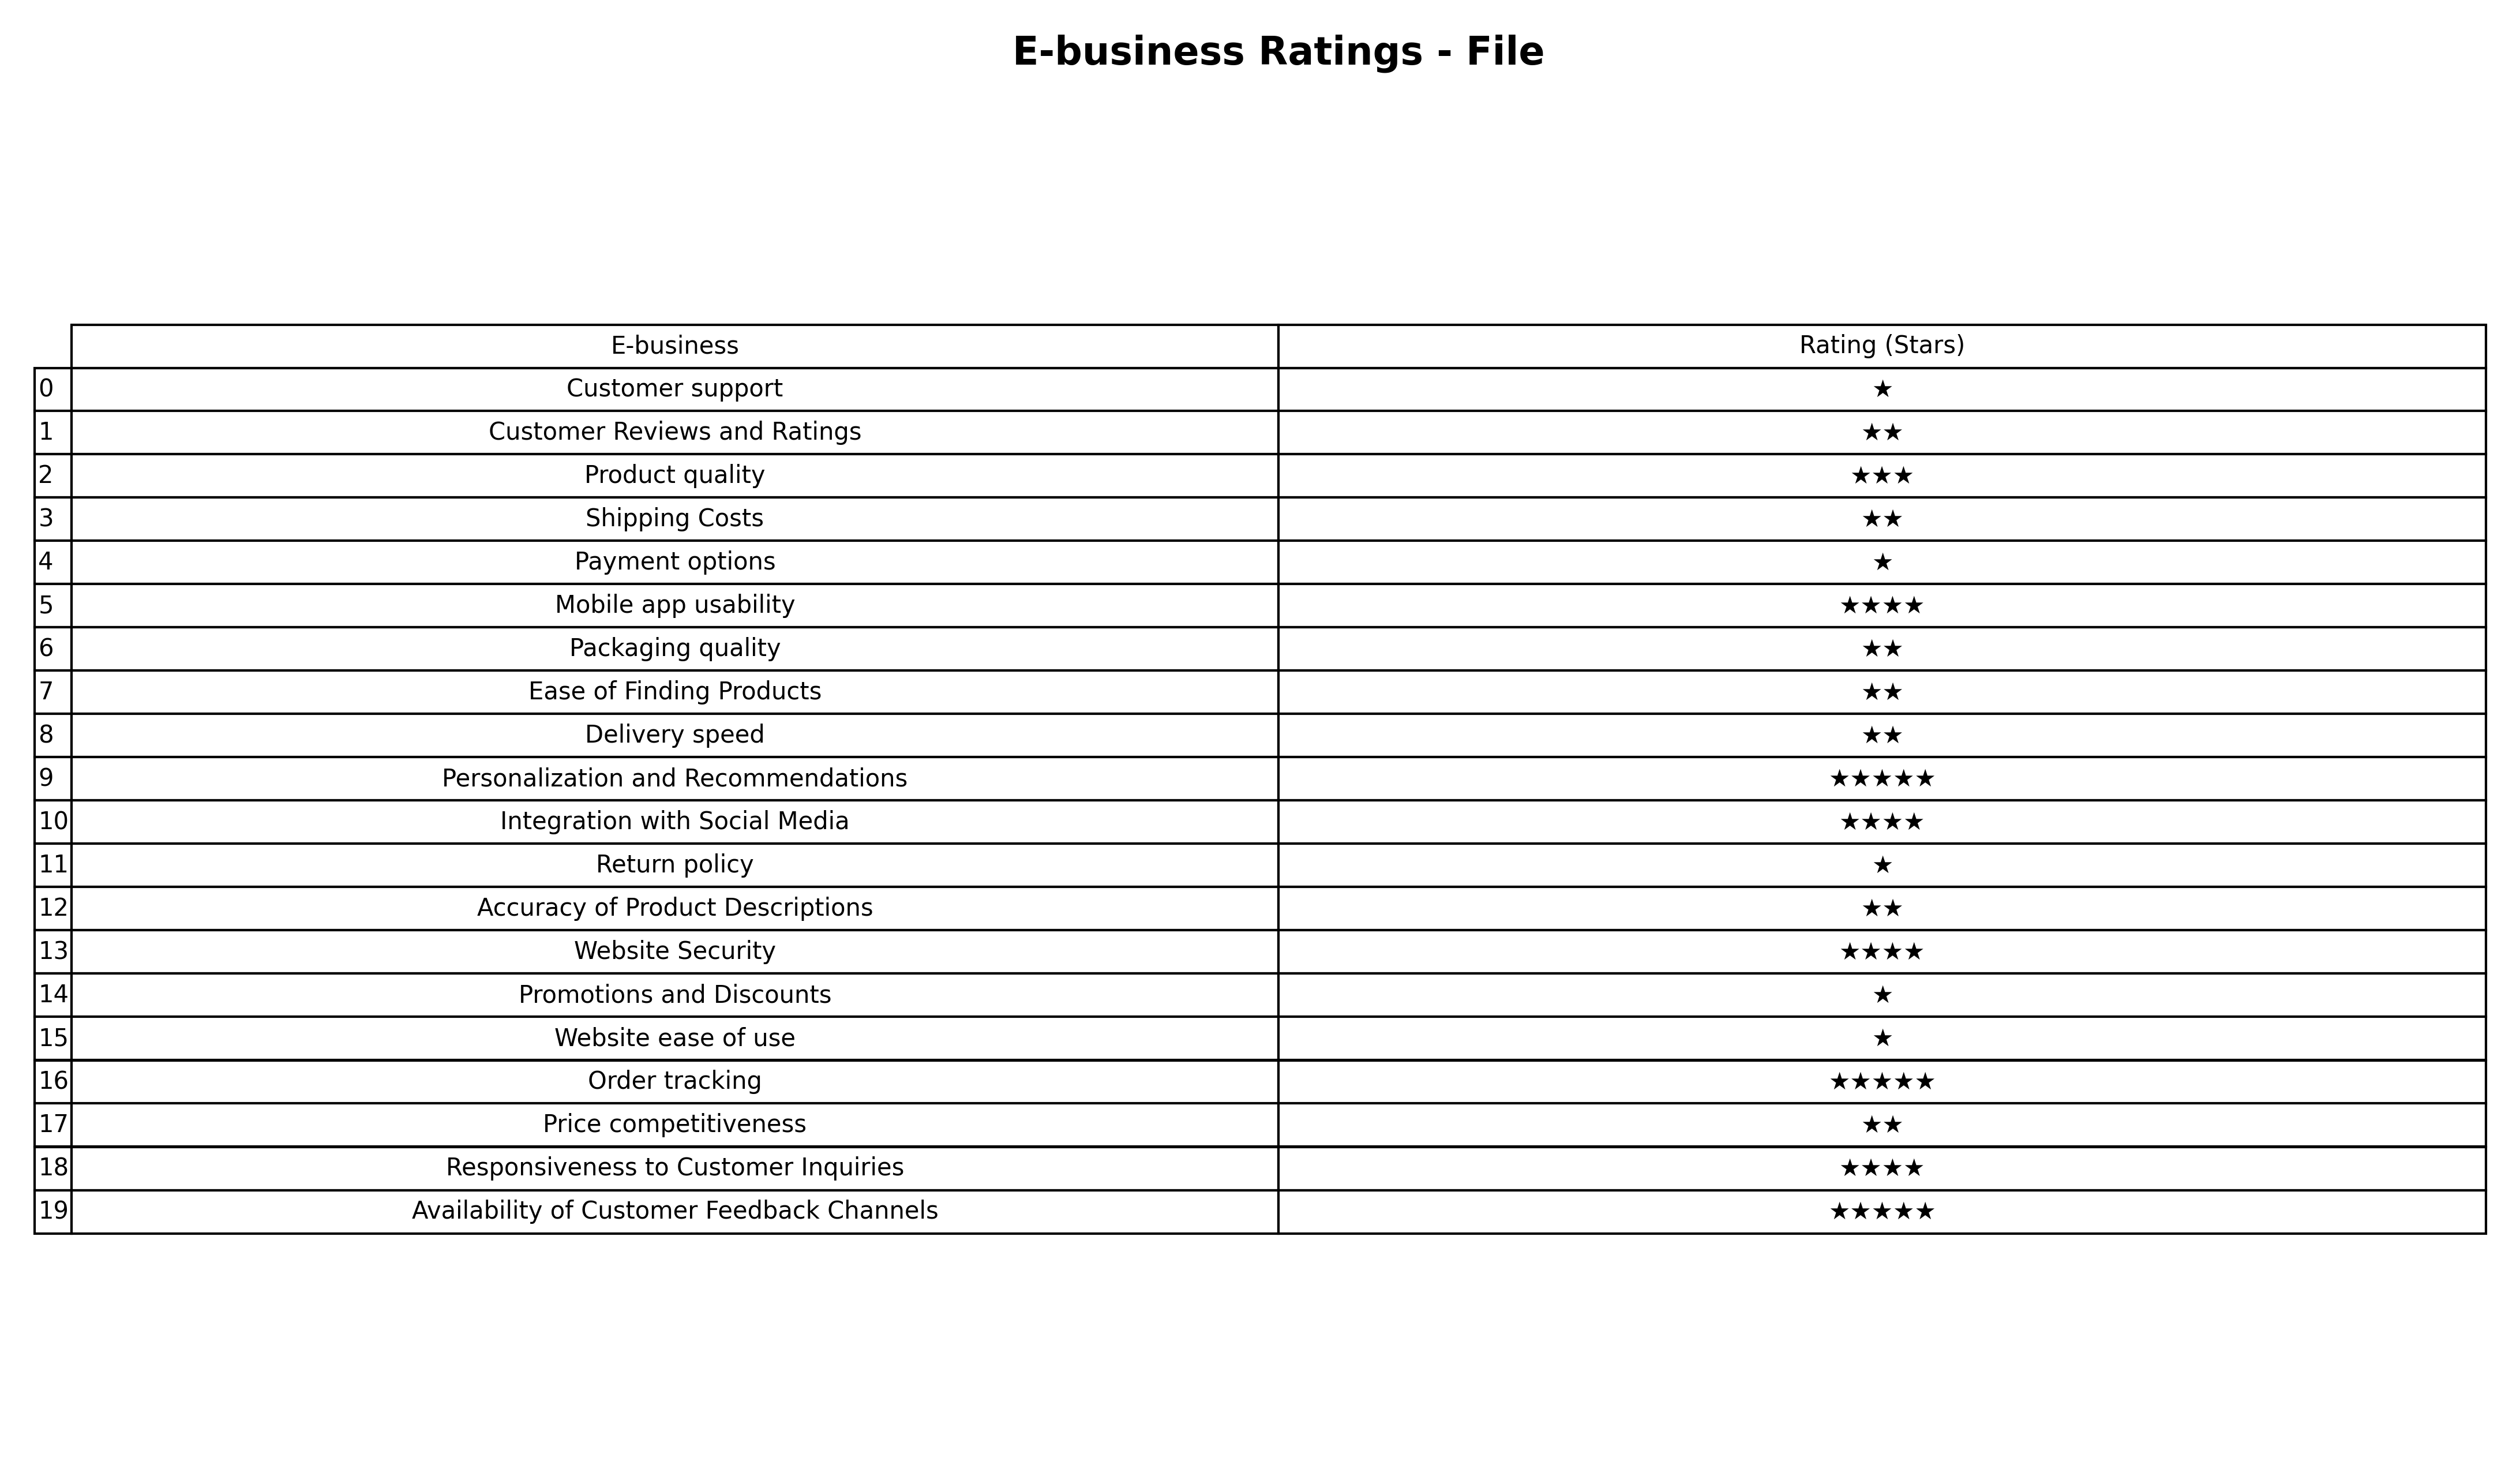
question: What are three star services?
answer: Product quality